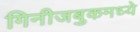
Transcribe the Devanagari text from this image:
गिनीजबुकमध्ये